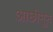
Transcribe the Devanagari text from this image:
आछीमून